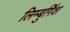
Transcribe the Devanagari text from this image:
लिम्बुर्गिश